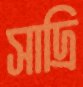
সাদ্রি